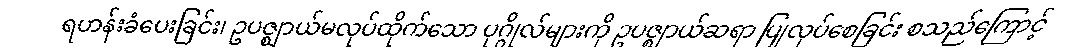
ရဟန်းခံပေးခြင်း၊ ဥပဇ္ဈာယ်မလုပ်ထိုက်သော ပုဂ္ဂိုလ်များကို ဥပဇ္ဈာယ်ဆရာ ပြုလုပ်စေခြင်း စသည်ကြောင့်